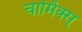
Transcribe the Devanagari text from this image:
चार्मिक्स्